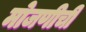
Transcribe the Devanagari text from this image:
मोजणीची